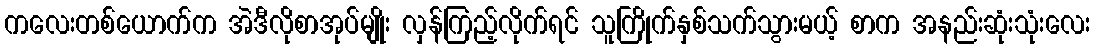
ကလေးတစ်ယောက်က အဲဒီလိုစာအုပ်မျိုး လှန်ကြည့်လိုက်ရင် သူကြိုက်နှစ်သက်သွားမယ့် စာက အနည်းဆုံးသုံးလေး